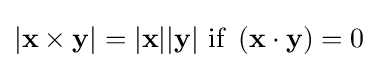
|\mathbf {x} \times \mathbf {y} |=|\mathbf {x} ||\mathbf {y} |~{\mbox{if}}\ \left(\mathbf {x} \cdot \mathbf {y} \right)=0